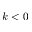
k < 0